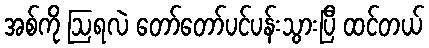
အစ်ကို ဩရလဲ တော်တော်ပင်ပန်းသွားပြီ ထင်တယ်